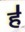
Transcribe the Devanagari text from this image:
ह॑